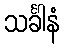
သင်္ခါနံ